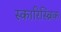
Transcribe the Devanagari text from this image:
स्कारिस्ब्रिक